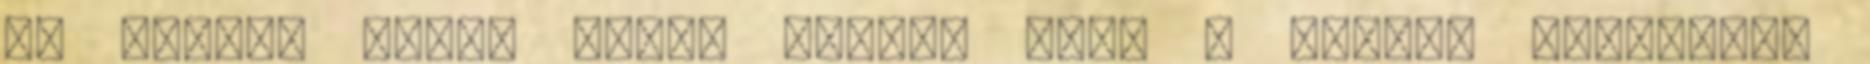
az akció. Mások arról írtak, hogy a Angela különösen